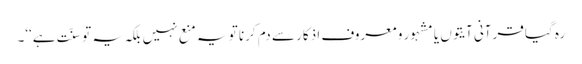
رہ گیا قرآنی آیتوں یا مشہور و معروف اذکار سے دم کرنا تو یہ منع نہیں بلکہ یہ تو سنّت ہے‘‘۔